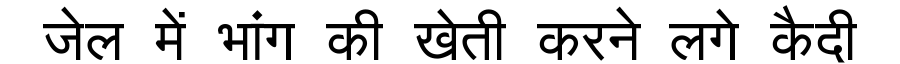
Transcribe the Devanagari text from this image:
जेल में भांग की खेती करने लगे कैदी